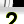
Digit: 2